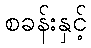
စခန်းနှင့်